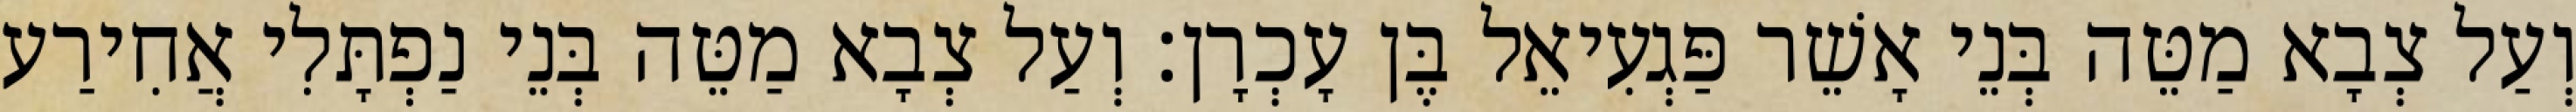
וְעַל צְבָא מַטֵּה בְּנֵי אָשֵׁר פַּגְעִיאֵל בֶּן עָכְרָן׃ וְעַל צְבָא מַטֵּה בְּנֵי נַפְתָּלִי אֲחִירַע